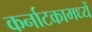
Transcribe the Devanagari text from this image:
कर्नाटकामध्यें